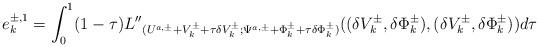
LaTeX: \begin{align*}e^{\pm,1}_k=\int_0^1(1-\tau)L{''}_{(U^{a,\pm}+V^{\pm}_k+\tau\delta V^{\pm}_k;\Psi^{a,\pm}+\Phi^{\pm}_k+\tau\delta \Phi^{\pm}_k)}((\delta V^{\pm}_k,\delta \Phi^{\pm}_k),(\delta V^{\pm}_k,\delta \Phi^{\pm}_k))d\tau\end{align*}